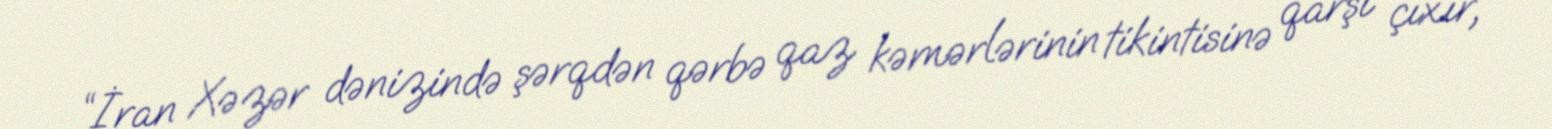
“İran Xəzər dənizində şərqdən qərbə qaz kəmərlərinin tikintisinə qarşı çıxır,